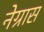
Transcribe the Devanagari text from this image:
नेग्रास